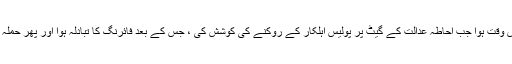
پولیس کے مطابق خودکش دھماکا اس وقت ہوا جب احاطہ عدالت کے گیٹ پر پولیس اہلکار کے روکنے کی کوشش کی ، جس کے بعد فائرنگ کا تبادلہ ہوا اور پھر حملہ آور نے خود کو دھماکے سے اڑا لیا۔